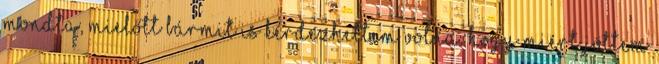
mondta, mielőtt bármit is kérdezhettem volna. Hogy miért jöttem